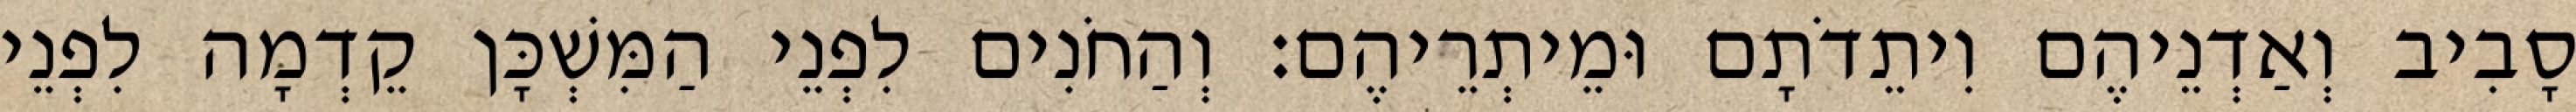
סָבִיב וְאַדְנֵיהֶם וִיתֵדֹתָם וּמֵיתְרֵיהֶם׃ וְהַחֹנִים לִפְנֵי הַמִּשְׁכָּן קֵדְמָה לִפְנֵי